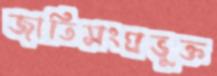
জাতিসংঘভুক্ত